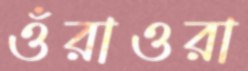
ওঁরাওরা